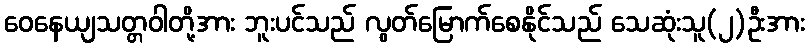
ဝေနေယျသတ္တဝါတို့အား ဘူးပင်သည် လွတ်မြောက်စေနိုင်သည် သေဆုံးသူ(၂)ဦးအား